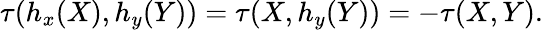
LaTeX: \tau(h_{x}(X),h_{y}(Y))=\tau(X,h_{y}(Y))=-\tau(X,Y).